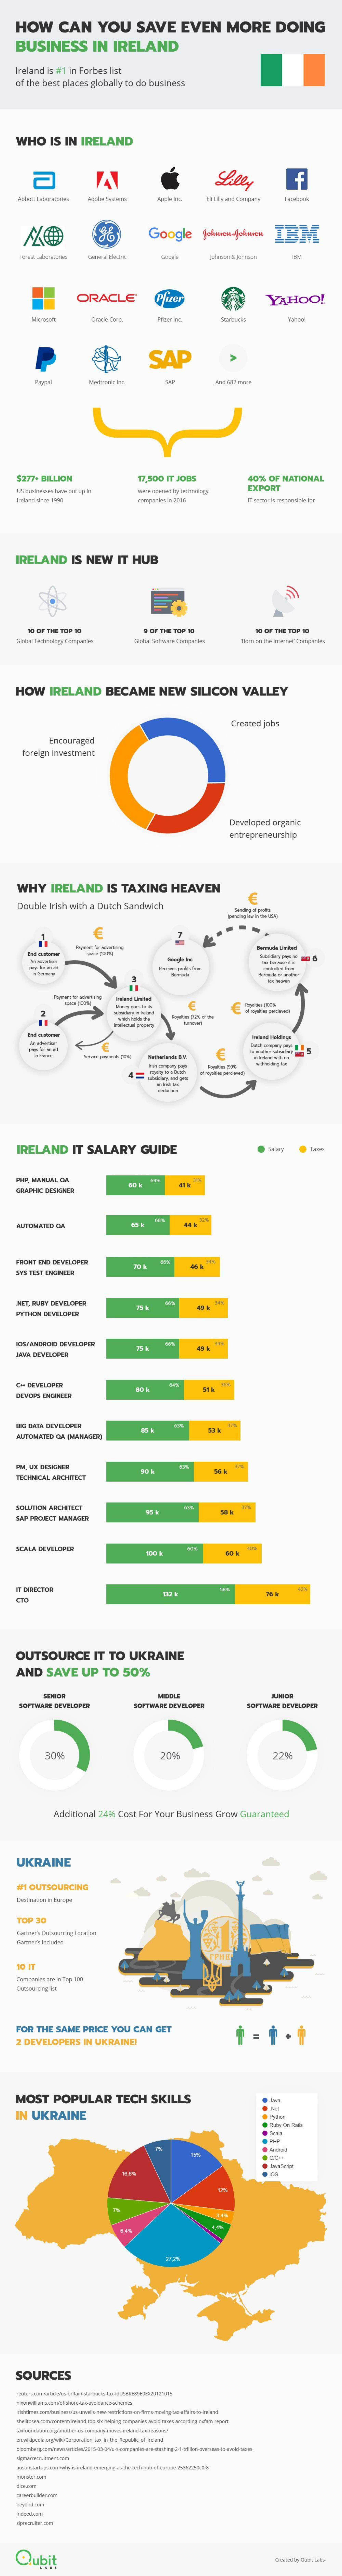
HOW    CAN    YOU    SAVE    EVEN    MORE    DOING
   BUSINESS    IN IRELAND
   Ireland is #'1 in Forbes Mit
   of the best places globally 18 do business
   WHO   IS IN IRELAND
     f
     IRM Google Hemskteen IBM
     ORACLE    YAHOO!
     SAP
     -
   $337- BILLICH    11,300 IT Jos    40%  OF NATIONAL
     EXPORT
   IRELAND   IS NEW   IT HUB
     10 OF THE TOP 10    R-OF THE TOP WE
   HOW   IRELAND    BECAME    NEW   SILICON   VALLEY
     Created jobs
     foreign Investment
     Developed argank
     entrepreneurship
   WHY    IRELAND   IS TAXING    HEAVEN
   Double Irish with a Dutch Sandwich
     --
   IRELAND    IT SALARY    GUIDE
   --
   FRONT DIO DEVELOPE
   HET, FURRY DEVELOPER
   PYTHON DENTAOPEN
     -
    DUINDIOS DEVELOPER
    BO DAEN DEVELOPER
   TEOBRCAL ARCHITECT
   MAF FIADIECT MANAGEN
   ACALA DEWELOPER
   OUTSOURCE    IT TO  UKRAINE
   AND   SAVE  UP  TO  50%
     --
     22%%
     Addisonal 241% Cost For Your Business Grew Guaranteed
   UKRAINE
     OUTSOURCING
    TOP 30
   FOR THE SAME PRICE YOU CAN GET
     DEVELOPERS IN UKRAINE
   MOST   POPULAR    TECH   SKILLS
   IN UKRAINE
   SOURCES
   -
   Oubit